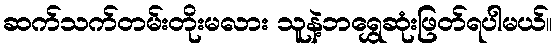
ဆက်သက်တမ်းတိုးမလား သူနဲ့ဘရွှေဆုံးဖြတ်ရပါမယ်။